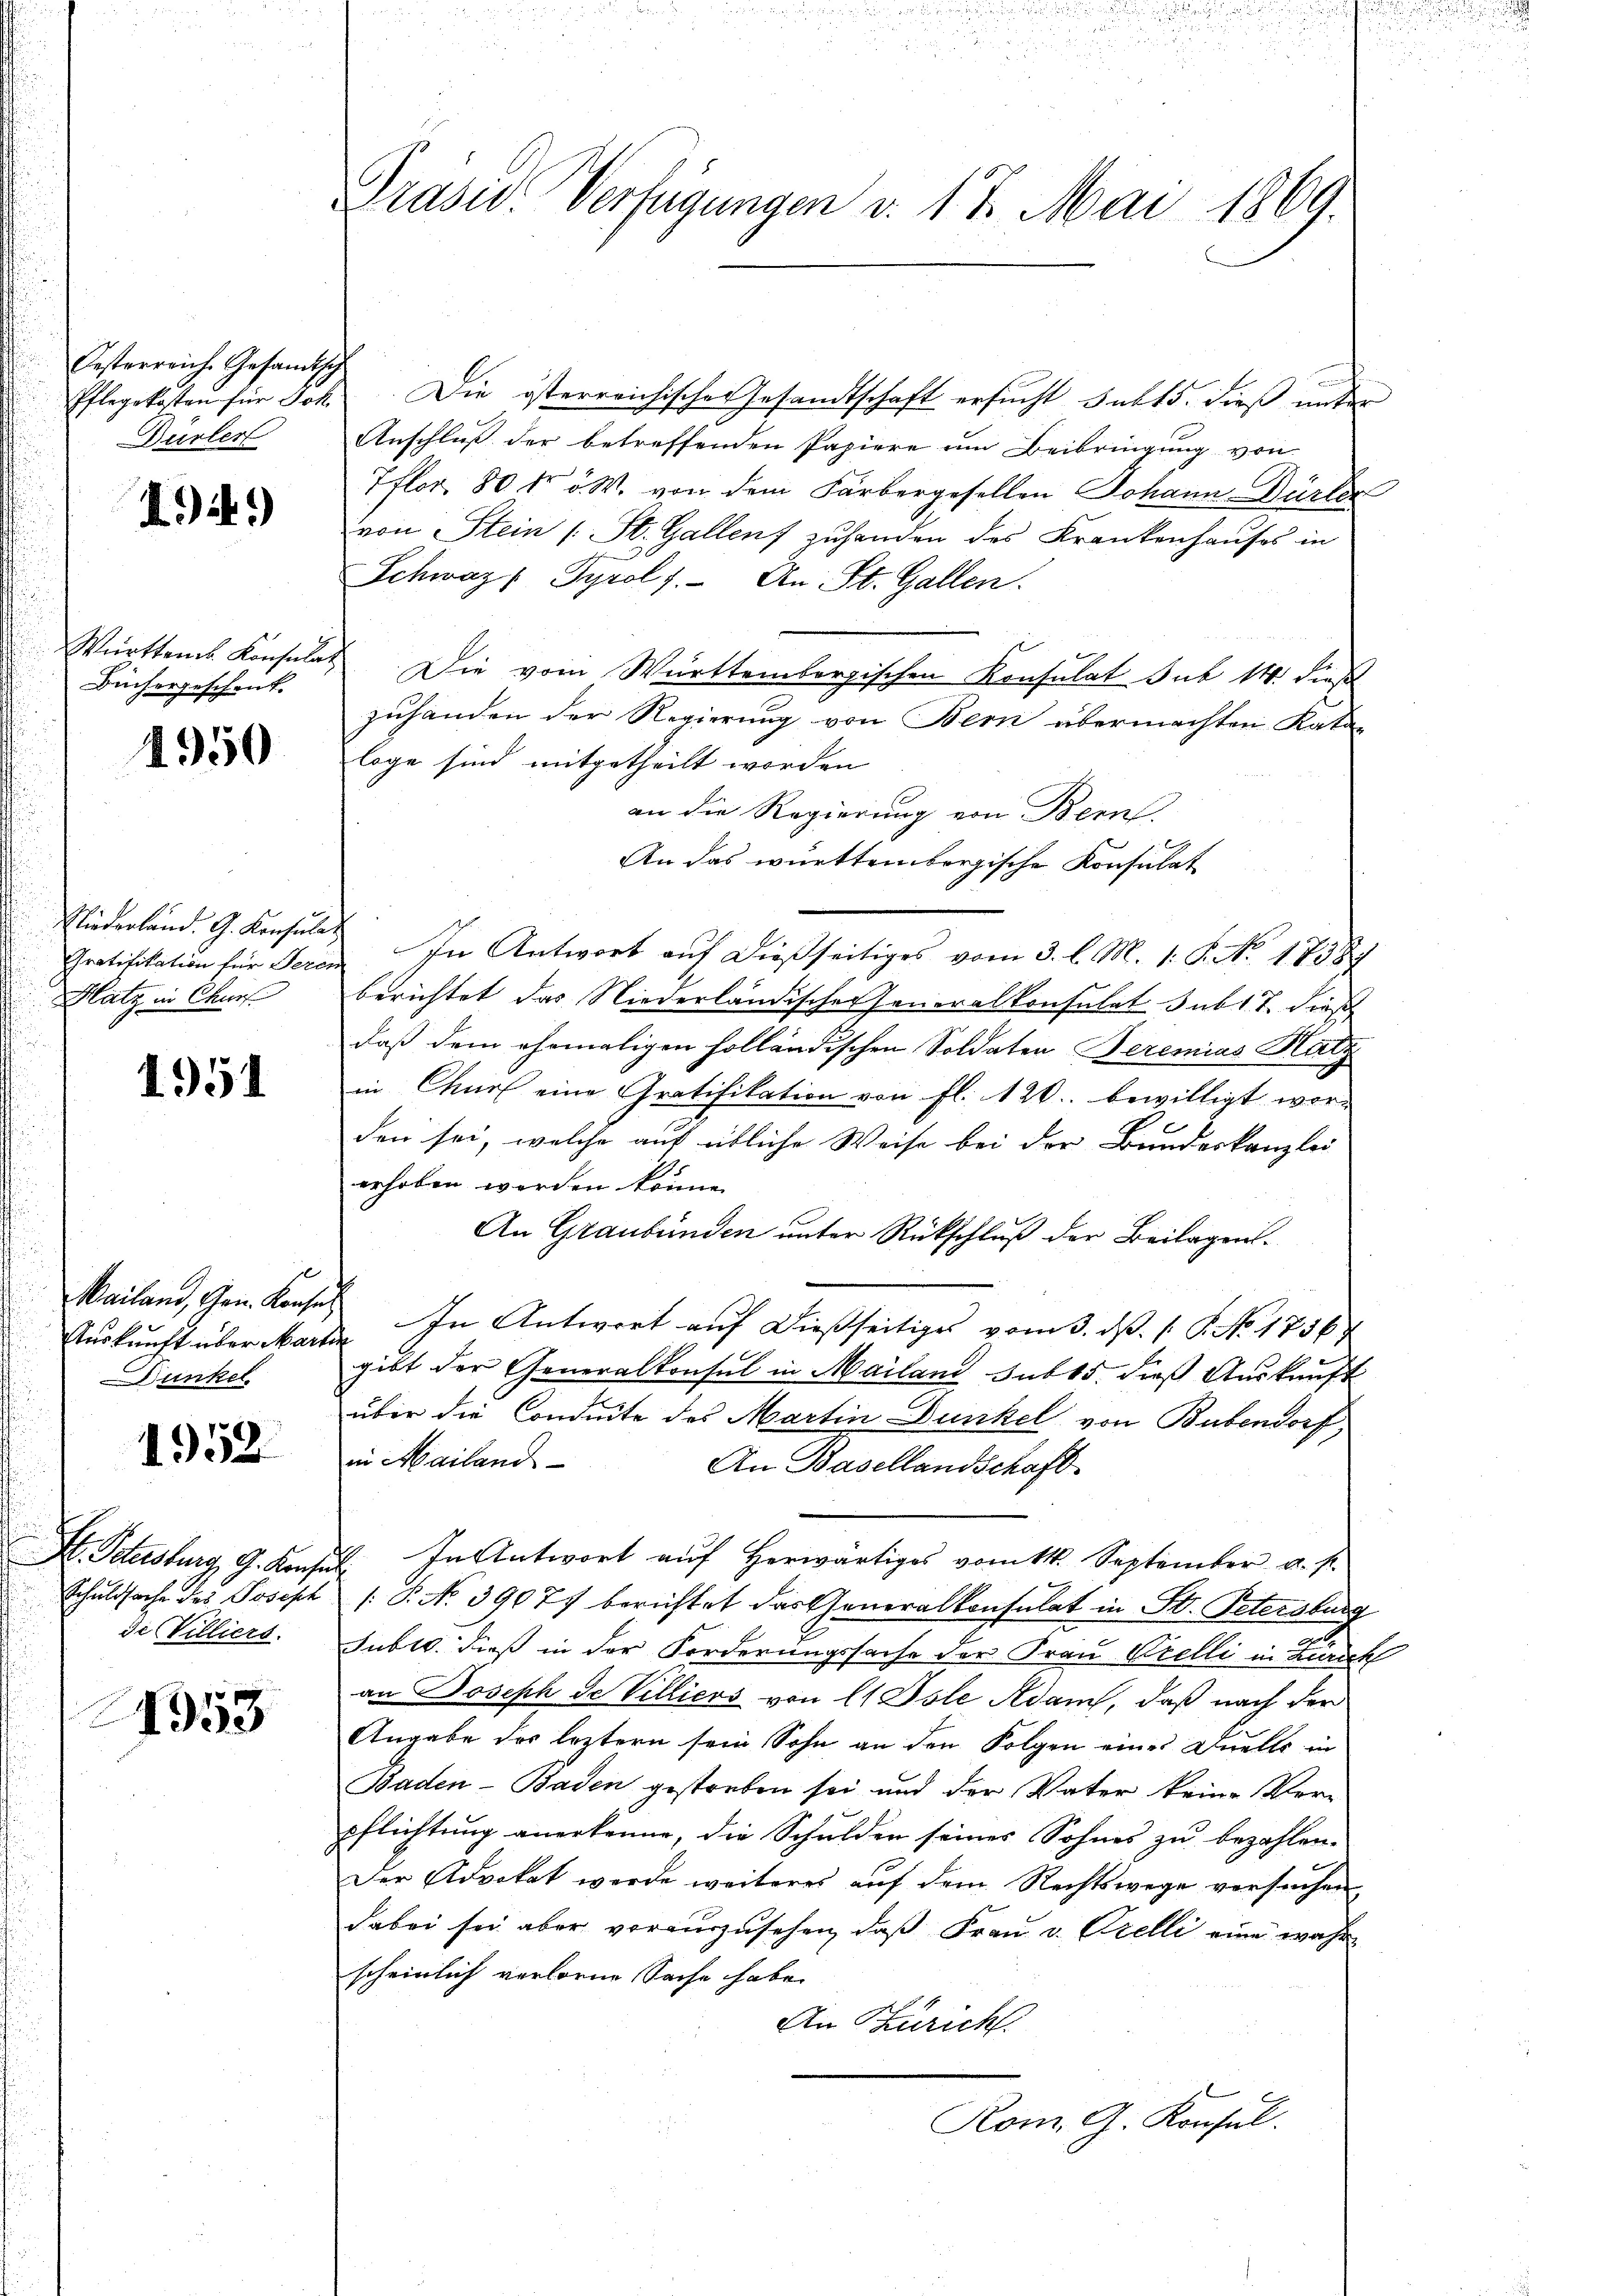
Oesterreich. Gesandtsch
Pflegekosten für Joh.
Dürler

)

Württems Konsulat
Büchergeschenk

4950

Riederland. G. Konsulat
Gratifikation für Seren
Matz in Churf

1951

Mailand, Gen. Konses
Auskunft über Mart
unkel

1952.

S. Schusburg, G. Konse
Schuldsache des Joseph
de Villiers.

1953

Grase Verfügungen v. 17. Mai 1869.

Die österreichischen Gesandtschaft ersucht sub 15. dieß unter
Anschluß der betreffenden Papiere um Beibringung von
Tflor 80 Fr. v. M. von dem Färbergesellen Johann Dürker
von Stein (St. Gallen zuhanden des Krankenhauses in
Schweiz Tyrol. An St. Gallen.
Die vom Württembergischen Konsulat sub 14 diese
zuhanden der Regierung von Bern übermachten Kata-
loge sind mitgetheilt worden
an die Regierung von Bern.
An das württembergische Konsulat
In Antwort auf dießseitiges vom 3. l. M. 1. P. No. 1738
berichtet das Niederländischer Generalkonsulat sub 17. diese
daß dem ehemaligen holländischen Soldaten Seremias Hatz
in Churf eine Gratifikation von fl. 120. bewilligt worr
den sei, welche auf übliche Weise bei der Bundeskanzlei
erhoben werden könne.
An Graubünden unter Rückschluß der Beilagen.
In Antwort auf dießseitiges vom 3. dβ. P. No. 1756
gibt der Generalkonsul in Mailand sub 15. dieß Auskauft
über die Condeute des Martin Dunkel von Bubendorf
in Mailand
An Basellandschaft.
8. In Antwort auf Herwärtiges vom kk. September u. s.
[P. N. 39077 berichtet das Generalkonsulat in St. Petersburg
Subro. dieß in der Forderungssache der Frau Prelli in Zürich
an Joseph de Villiers von 11 Isle Adam, daß nach der
Angabe des leztern sein Sohn an den Folgen eines Duelle in
Baden-Baden gestorben sei und der Vater keine Ver-
pflichtung anerkenne, die Schulden seines Sohnes zu bezahlen.
.
Der Advokat werde weiteres auf dem Rechtswege versuchen
dabei sei aber vorauszusehen, daß Frau v. Orelli eine wahr
scheinlich verloren Sache habe.
An Zürich
Rom. G. Konsul